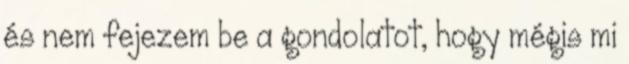
és nem fejezem be a gondolatot, hogy mégis mi